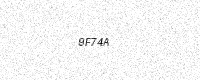
Text: 9F74A